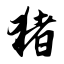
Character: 猪